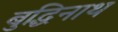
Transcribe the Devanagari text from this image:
बुद्धिनाथ